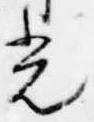
光